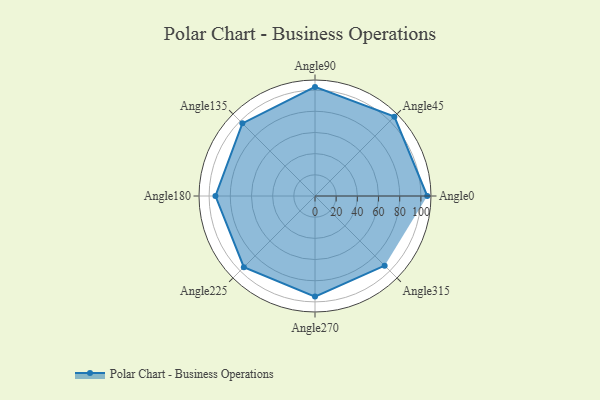
{"axis": {"x": "Angle", "y": "Radius"}, "legend": [""], "data": [{"x": "Angle0", "y": 106.0, "type": ""}, {"x": "Angle45", "y": 106.0, "type": ""}, {"x": "Angle90", "y": 103.0, "type": ""}, {"x": "Angle135", "y": 97.0, "type": ""}, {"x": "Angle180", "y": 94.0, "type": ""}, {"x": "Angle225", "y": 95.0, "type": ""}, {"x": "Angle270", "y": 95.0, "type": ""}, {"x": "Angle315", "y": 93.0, "type": ""}]}